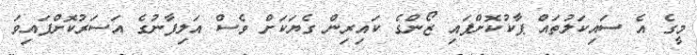
މީގެ އެ ސައިކަލުތައް ޕާކުކޮށްފައި ޒޯންގެ ކައިރިން ގެޔަކަށް ވެސް އަލިފާނުގެ އަސަރުކޮށްފައިވަ